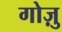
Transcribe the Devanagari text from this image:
गोज़ु